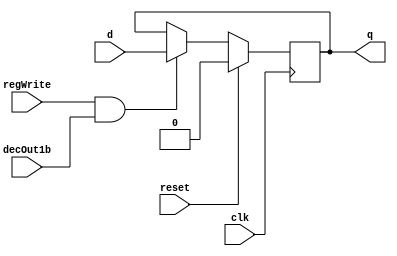
module D_ff( input clk, input reset, input regWrite, input decOut1b , input d, output reg q);
    always @ (negedge clk)
    begin
    if(reset==1)
        q=0;
    else
        if(regWrite == 1 && decOut1b==1)
        begin
            q=d;
        end
    end
endmodule

//D flip flip for Instruction Memory
module D_ff_IM(input clk, input reset, input d, output reg q);
	always@(reset or posedge clk)
	if(reset)
		q=d;
endmodule


// select 0 = in0 1 = in1
module mux2to1_5bit(input [4:0] in0, input [4:0] in1, input select, output reg [4:0] muxOut);
  always@(in0 or in1 or select)
  begin
    if(select == 1'b0)
      muxOut = in0;
	  else if(select == 1'b1)
      muxOut = in1;
  end
endmodule

// select 0 = in0 1 = in1
module mux2to1_32bit(input [31:0] in0, input [31:0] in1, input select, output reg [31:0] muxOut);
  always@(in0 or in1 or select)
  begin
    if(select == 1'b0)
      muxOut = in0;
	  else if(select == 1'b1)
      muxOut = in1;
  end
endmodule

module mux32to1_32bit(input[31:0] in0, input[31:0] in1, input[31:0] in2, input[31:0] in3, input[31:0] in4, input[31:0] in5, input[31:0] in6, input[31:0] in7,
    input[31:0] in8, input[31:0] in9, input[31:0] in10, input[31:0] in11, input[31:0] in12, input[31:0] in13, input[31:0] in14, input[31:0] in15,
    input[31:0] in16, input[31:0] in17, input[31:0] in18, input[31:0] in19, input[31:0] in20, input[31:0] in21, input[31:0] in22, input[31:0] in23,
    input[31:0] in24, input[31:0] in25, input[31:0] in26, input[31:0] in27, input[31:0] in28, input[31:0] in29, input[31:0] in30, input[31:0] in31,input[4:0] select,output reg[31:0] muxOut);
  
   always@(in0 or in1 or in2 or in3 or in4 or in5 or in6 or in7 or in8 or in9 or in10 or in11 or in12
      or in13 or in14 or in15 or in16 or in17 or in18 or in19 or in20 or in21 or in22 or in23 or in24
       or in25 or in26 or in27 or in28 or in29 or in30 or in31 or select)
   begin
      case(select)
        5'b00000: begin muxOut = in0; end
        5'b00001: begin muxOut = in1; end
        5'b00010: begin muxOut = in2; end
        5'b00011: begin muxOut = in3; end
        5'b00100: begin muxOut = in4; end
        5'b00101: begin muxOut = in5; end
        5'b00110: begin muxOut = in6; end
        5'b00111: begin muxOut = in7; end
        5'b01000: begin muxOut = in8; end
        5'b01001: begin muxOut = in9; end
        5'b01010: begin muxOut = in10; end
        5'b01011: begin muxOut = in11; end
        5'b01100: begin muxOut = in12; end
        5'b01101: begin muxOut = in13; end
        5'b01110: begin muxOut = in14; end
        5'b01111: begin muxOut = in15; end
        5'b10000: begin muxOut = in16; end
        5'b10001: begin muxOut = in17; end
        5'b10010: begin muxOut = in18; end
        5'b10011: begin muxOut = in19; end
        5'b10100: begin muxOut = in20; end
        5'b10101: begin muxOut = in21; end
        5'b10110: begin muxOut = in22; end
        5'b10111: begin muxOut = in23; end
        5'b11000: begin muxOut = in24; end
        5'b11001: begin muxOut = in25; end
        5'b11010: begin muxOut = in26; end
        5'b11011: begin muxOut = in27; end
        5'b11100: begin muxOut = in28; end
        5'b11101: begin muxOut = in29; end
        5'b11110: begin muxOut = in30; end
        5'b11111: begin muxOut = in31; end
      endcase
    end
endmodule

// mux to be used in Instruction Memory and Data Memory
module mux128to1_IM_DM(input [7:0] in0,   input [7:0] in1,   input [7:0] in2,   input [7:0] in3,
                    input [7:0] in4,   input [7:0] in5,   input [7:0] in6,   input [7:0] in7,
                    input [7:0] in8,   input [7:0] in9,   input [7:0] in10,  input [7:0] in11,
                    input [7:0] in12,  input [7:0] in13,  input [7:0] in14,  input [7:0] in15,
                    input [7:0] in16,  input [7:0] in17,  input [7:0] in18,  input [7:0] in19,
                    input [7:0] in20,  input [7:0] in21,  input [7:0] in22,  input [7:0] in23,
                    input [7:0] in24,  input [7:0] in25,  input [7:0] in26,  input [7:0] in27,
                    input [7:0] in28,  input [7:0] in29,  input [7:0] in30,  input [7:0] in31,
                    input [7:0] in32,  input [7:0] in33,  input [7:0] in34,  input [7:0] in35,
                    input [7:0] in36,  input [7:0] in37,  input [7:0] in38,  input [7:0] in39,
                    input [7:0] in40,  input [7:0] in41,  input [7:0] in42,  input [7:0] in43,
                    input [7:0] in44,  input [7:0] in45,  input [7:0] in46,  input [7:0] in47,
                    input [7:0] in48,  input [7:0] in49,  input [7:0] in50,  input [7:0] in51,
                    input [7:0] in52,  input [7:0] in53,  input [7:0] in54,  input [7:0] in55,
                    input [7:0] in56,  input [7:0] in57,  input [7:0] in58,  input [7:0] in59,
                    input [7:0] in60,  input [7:0] in61,  input [7:0] in62,  input [7:0] in63,
                    input [7:0] in64,  input [7:0] in65,  input [7:0] in66,  input [7:0] in67,
                    input [7:0] in68,  input [7:0] in69,  input [7:0] in70,  input [7:0] in71,
                    input [7:0] in72,  input [7:0] in73,  input [7:0] in74,  input [7:0] in75,
                    input [7:0] in76,  input [7:0] in77,  input [7:0] in78,  input [7:0] in79,
                    input [7:0] in80,  input [7:0] in81,  input [7:0] in82,  input [7:0] in83,
                    input [7:0] in84,  input [7:0] in85,  input [7:0] in86,  input [7:0] in87,
                    input [7:0] in88,  input [7:0] in89,  input [7:0] in90,  input [7:0] in91,
                    input [7:0] in92,  input [7:0] in93,  input [7:0] in94,  input [7:0] in95,
                    input [7:0] in96,  input [7:0] in97,  input [7:0] in98,  input [7:0] in99,
                    input [7:0] in100, input [7:0] in101, input [7:0] in102, input [7:0] in103,
                    input [7:0] in104, input [7:0] in105, input [7:0] in106, input [7:0] in107,
                    input [7:0] in108, input [7:0] in109, input [7:0] in110, input [7:0] in111,
                    input [7:0] in112, input [7:0] in113, input [7:0] in114, input [7:0] in115,
                    input [7:0] in116, input [7:0] in117, input [7:0] in118, input [7:0] in119,
                    input [7:0] in120, input [7:0] in121, input [7:0] in122, input [7:0] in123,
                    input [7:0] in124, input [7:0] in125, input [7:0] in126, input [7:0] in127,
                    input [4:0] select, output reg [31:0] muxOut);
    always@(in0,   in1,   in2,   in3,   in4,   in5,   in6,   in7,
            in8,   in9,   in10,  in11,  in12,  in13,  in14,  in15,
            in16,  in17,  in18,  in19,  in20,  in21,  in22,  in23,
            in24,  in25,  in26,  in27,  in28,  in29,  in30,  in31,
            in32,  in33,  in34,  in35,  in36,  in37,  in38,  in39,
            in40,  in41,  in42,  in43,  in44,  in45,  in46,  in47,
            in48,  in49,  in50,  in51,  in52,  in53,  in54,  in55,
            in56,  in57,  in58,  in59,  in60,  in61,  in62,  in63,
            in64,  in65,  in66,  in67,  in68,  in69,  in70,  in71,
            in72,  in73,  in74,  in75,  in76,  in77,  in78,  in79,
            in80,  in81,  in82,  in83,  in84,  in85,  in86,  in87,
            in88,  in89,  in90,  in91,  in92,  in93,  in94,  in95,
            in96,  in97,  in98,  in99,  in100, in101, in102, in103,
            in104, in105, in106, in107, in108, in109, in110, in111,
            in112, in113, in114, in115, in116, in117, in118, in119,
            in120, in121, in122, in123, in124, in125, in126, in127,
            select)
	begin
        case(select)
			5'd0: muxOut = {in0,in1,in2,in3};
			5'd1: muxOut = {in4,in5,in6,in7};
			5'd2: muxOut = {in8,in9,in10,in11};
			5'd3: muxOut = {in12,in13,in14,in15};
			5'd4: muxOut = {in16,in17,in18,in19};
			5'd5: muxOut = {in20,in21,in22,in23};
			5'd6: muxOut = {in24,in25,in26,in27};
			5'd7: muxOut = {in28,in29,in30,in31};
			5'd8: muxOut = {in32,in33,in34,in35};
			5'd9: muxOut = {in36,in37,in38,in39};
			5'd10: muxOut = {in40,in41,in42,in43};
			5'd11: muxOut = {in44,in45,in46,in47};
			5'd12: muxOut = {in48,in49,in50,in51};
			5'd13: muxOut = {in52,in53,in54,in55};
			5'd14: muxOut = {in56,in57,in58,in59};
			5'd15: muxOut = {in60,in61,in62,in63};
			5'd16: muxOut = {in64,in65,in66,in67};
			5'd17: muxOut = {in68,in69,in70,in71};
			5'd18: muxOut = {in72,in73,in74,in75};
			5'd19: muxOut = {in76,in77,in78,in79};
			5'd20: muxOut = {in80,in81,in82,in83};
			5'd21: muxOut = {in84,in85,in86,in87};
			5'd22: muxOut = {in88,in89,in90,in91};
			5'd23: muxOut = {in92,in93,in94,in95};
			5'd24: muxOut = {in96,in97,in98,in99};
			5'd25: muxOut = {in100,in101,in102,in103};
			5'd26: muxOut = {in104,in105,in106,in107};
			5'd27: muxOut = {in108,in109,in110,in111};
			5'd28: muxOut = {in112,in113,in114,in115};
			5'd29: muxOut = {in116,in117,in118,in119};
			5'd30: muxOut = {in120,in121,in122,in123};
			5'd31: muxOut = {in124,in125,in126,in127};
        endcase
    end
endmodule

//Active high decoder
module decoder_5to32(input[4:0] in, output reg[31:0] decOut);

    always@(in)
    begin
      case(in)
      5'b00000: begin decOut = 32'b00000000000000000000000000000001; end
      5'b00001: begin decOut = 32'b00000000000000000000000000000010; end
      5'b00010: begin decOut = 32'b00000000000000000000000000000100; end
      5'b00011: begin decOut = 32'b00000000000000000000000000001000; end
      5'b00100: begin decOut = 32'b00000000000000000000000000010000; end
      5'b00101: begin decOut = 32'b00000000000000000000000000100000; end
      5'b00110: begin decOut = 32'b00000000000000000000000001000000; end
      5'b00111: begin decOut = 32'b00000000000000000000000010000000; end
      5'b01000: begin decOut = 32'b00000000000000000000000100000000; end
      5'b01001: begin decOut = 32'b00000000000000000000001000000000; end
      5'b01010: begin decOut = 32'b00000000000000000000010000000000; end
      5'b01011: begin decOut = 32'b00000000000000000000100000000000; end
      5'b01100: begin decOut = 32'b00000000000000000001000000000000; end
      5'b01101: begin decOut = 32'b00000000000000000010000000000000; end
      5'b01110: begin decOut = 32'b00000000000000000100000000000000; end
      5'b01111: begin decOut = 32'b00000000000000001000000000000000; end
      5'b10000: begin decOut = 32'b00000000000000010000000000000000; end
      5'b10001: begin decOut = 32'b00000000000000100000000000000000; end
      5'b10010: begin decOut = 32'b00000000000001000000000000000000; end
      5'b10011: begin decOut = 32'b00000000000010000000000000000000; end
      5'b10100: begin decOut = 32'b00000000000100000000000000000000; end
      5'b10101: begin decOut = 32'b00000000001000000000000000000000; end
      5'b10110: begin decOut = 32'b00000000010000000000000000000000; end
      5'b10111: begin decOut = 32'b00000000100000000000000000000000; end
      5'b11000: begin decOut = 32'b00000001000000000000000000000000; end
      5'b11001: begin decOut = 32'b00000010000000000000000000000000; end
      5'b11010: begin decOut = 32'b00000100000000000000000000000000; end
      5'b11011: begin decOut = 32'b00001000000000000000000000000000; end
      5'b11100: begin decOut = 32'b00010000000000000000000000000000; end
      5'b11101: begin decOut = 32'b00100000000000000000000000000000; end
      5'b11110: begin decOut = 32'b01000000000000000000000000000000; end
      5'b11111: begin decOut = 32'b10000000000000000000000000000000; end
      endcase
    end
endmodule

//32 bit register
module register32bit(input clk, input reset, input regWrite, input decoderOut1bit, input[31:0] writeData, output[31:0] regOut);
//A N-bit register consists of N D flip-flops, each storing a bit of data.
//In this case, there will be 32 instances of D_ff, each taking writeData[0]...[31] as the d input and regOut[0]...[31] as the q output
D_ff G1(clk,reset,regWrite,decoderOut1bit,writeData[0] , regOut[0]);
D_ff G2(clk,reset,regWrite,decoderOut1bit,writeData[1] , regOut[1]);
D_ff G3(clk,reset,regWrite,decoderOut1bit,writeData[2] , regOut[2]);
D_ff G4(clk,reset,regWrite,decoderOut1bit,writeData[3] , regOut[3]);
D_ff G5(clk,reset,regWrite,decoderOut1bit,writeData[4] , regOut[4]);
D_ff G6(clk,reset,regWrite,decoderOut1bit,writeData[5] , regOut[5]);
D_ff G7(clk,reset,regWrite,decoderOut1bit,writeData[6] , regOut[6]);
D_ff G8(clk,reset,regWrite,decoderOut1bit,writeData[7] , regOut[7]);
D_ff G9(clk,reset,regWrite,decoderOut1bit,writeData[8] , regOut[8]);
D_ff G10(clk,reset,regWrite,decoderOut1bit,writeData[9] , regOut[9]);
D_ff G11(clk,reset,regWrite,decoderOut1bit,writeData[10] , regOut[10]);
D_ff G12(clk,reset,regWrite,decoderOut1bit,writeData[11] , regOut[11]);
D_ff G13(clk,reset,regWrite,decoderOut1bit,writeData[12] , regOut[12]);
D_ff G14(clk,reset,regWrite,decoderOut1bit,writeData[13] , regOut[13]);
D_ff G15(clk,reset,regWrite,decoderOut1bit,writeData[14] , regOut[14]);
D_ff G16(clk,reset,regWrite,decoderOut1bit,writeData[15] , regOut[15]);
D_ff G17(clk,reset,regWrite,decoderOut1bit,writeData[16] , regOut[16]);
D_ff G18(clk,reset,regWrite,decoderOut1bit,writeData[17] , regOut[17]);
D_ff G19(clk,reset,regWrite,decoderOut1bit,writeData[18] , regOut[18]);
D_ff G20(clk,reset,regWrite,decoderOut1bit,writeData[19] , regOut[19]);
D_ff G21(clk,reset,regWrite,decoderOut1bit,writeData[20] , regOut[20]);
D_ff G22(clk,reset,regWrite,decoderOut1bit,writeData[21] , regOut[21]);
D_ff G23(clk,reset,regWrite,decoderOut1bit,writeData[22] , regOut[22]);
D_ff G24(clk,reset,regWrite,decoderOut1bit,writeData[23] , regOut[23]);
D_ff G25(clk,reset,regWrite,decoderOut1bit,writeData[24] , regOut[24]);
D_ff G26(clk,reset,regWrite,decoderOut1bit,writeData[25] , regOut[25]);
D_ff G27(clk,reset,regWrite,decoderOut1bit,writeData[26] , regOut[26]);
D_ff G28(clk,reset,regWrite,decoderOut1bit,writeData[27] , regOut[27]);
D_ff G29(clk,reset,regWrite,decoderOut1bit,writeData[28] , regOut[28]);
D_ff G30(clk,reset,regWrite,decoderOut1bit,writeData[29] , regOut[29]);
D_ff G31(clk,reset,regWrite,decoderOut1bit,writeData[30] , regOut[30]);
D_ff G32(clk,reset,regWrite,decoderOut1bit,writeData[31] , regOut[31]);

endmodule

//register for Instruction Memory
module register_IM(input clk, input reset, input [7:0] d_in, output [7:0] q_out);
  // register_IM is an 8-bit register
	D_ff_IM dIM0 (clk, reset, d_in[0], q_out[0]);
	D_ff_IM dIM1 (clk, reset, d_in[1], q_out[1]);
	D_ff_IM dIM2 (clk, reset, d_in[2], q_out[2]);
	D_ff_IM dIM3 (clk, reset, d_in[3], q_out[3]);
	D_ff_IM dIM4 (clk, reset, d_in[4], q_out[4]);
	D_ff_IM dIM5 (clk, reset, d_in[5], q_out[5]);
	D_ff_IM dIM6 (clk, reset, d_in[6], q_out[6]);
	D_ff_IM dIM7 (clk, reset, d_in[7], q_out[7]);
endmodule



//register set with 32 registers
module registerSet(input clk, input reset, input regWrite, input[31:0] decoderOut, input[31:0] writeData,
    output [31:0] outR0, output[31:0] outR1, output[31:0] outR2, output[31:0] outR3, output[31:0] outR4, output[31:0] outR5, output[31:0] outR6, output[31:0] outR7,
    output [31:0] outR8, output[31:0] outR9, output[31:0] outR10, output[31:0] outR11, output[31:0] outR12, output[31:0] outR13, output[31:0] outR14, output[31:0] outR15,
    output [31:0] outR16, output[31:0] outR17, output[31:0] outR18, output[31:0] outR19, output[31:0] outR20, output[31:0] outR21, output[31:0] outR22, output[31:0] outR23,
    output [31:0] outR24, output[31:0] outR25, output[31:0] outR26, output[31:0] outR27, output[31:0] outR28, output[31:0] outR29, output[31:0] outR30, output[31:0] outR31);
   
    register32bit G32(clk, reset, regWrite , decoderOut[0] , writeData , outR0);
    register32bit G33(clk, reset, regWrite , decoderOut[1] , writeData , outR1);
    register32bit G34(clk, reset, regWrite , decoderOut[2] , writeData , outR2);
    register32bit G35(clk, reset, regWrite , decoderOut[3] , writeData , outR3);
    register32bit G36(clk, reset, regWrite , decoderOut[4] , writeData , outR4);
    register32bit G37(clk, reset, regWrite , decoderOut[5] , writeData , outR5);
    register32bit G38(clk, reset, regWrite , decoderOut[6] , writeData , outR6);
    register32bit G39(clk, reset, regWrite , decoderOut[7] , writeData , outR7);
    register32bit G40(clk, reset, regWrite , decoderOut[8] , writeData , outR8);
    register32bit G41(clk, reset, regWrite , decoderOut[9] , writeData , outR9);
    register32bit G42(clk, reset, regWrite , decoderOut[10] , writeData , outR10);
    register32bit G43(clk, reset, regWrite , decoderOut[11] , writeData , outR11);
    register32bit G44(clk, reset, regWrite , decoderOut[12] , writeData , outR12);
    register32bit G45(clk, reset, regWrite , decoderOut[13] , writeData , outR13);
    register32bit G46(clk, reset, regWrite , decoderOut[14] , writeData , outR14);
    register32bit G47(clk, reset, regWrite , decoderOut[15] , writeData , outR15);
    register32bit G48(clk, reset, regWrite , decoderOut[16] , writeData , outR16);
    register32bit G49(clk, reset, regWrite , decoderOut[17] , writeData , outR17);
    register32bit G50(clk, reset, regWrite , decoderOut[18] , writeData , outR18);
    register32bit G51(clk, reset, regWrite , decoderOut[19] , writeData , outR19);
    register32bit G52(clk, reset, regWrite , decoderOut[20] , writeData , outR20);
    register32bit G53(clk, reset, regWrite , decoderOut[21] , writeData , outR21);
    register32bit G54(clk, reset, regWrite , decoderOut[22] , writeData , outR22);
    register32bit G55(clk, reset, regWrite , decoderOut[23] , writeData , outR23);
    register32bit G56(clk, reset, regWrite , decoderOut[24] , writeData , outR24);
    register32bit G57(clk, reset, regWrite , decoderOut[25] , writeData , outR25);
    register32bit G58(clk, reset, regWrite , decoderOut[26] , writeData , outR26);
    register32bit G59(clk, reset, regWrite , decoderOut[27] , writeData , outR27);
    register32bit G60(clk, reset, regWrite , decoderOut[28] , writeData , outR28);
    register32bit G61(clk, reset, regWrite , decoderOut[29] , writeData , outR29);
    register32bit G62(clk, reset, regWrite , decoderOut[30] , writeData , outR30);
    register32bit G63(clk, reset, regWrite , decoderOut[31] , writeData , outR31);

endmodule

//register file for single cycle
module registerFile(input clk, input reset, input regWrite, input[4:0] rs, input[4:0] rt, input[4:0] rd, input[31:0] writeData, output[31:0] regRs, output[31:0] regRt);

    wire [31:0]decOut;
    wire [31:0] outR0, outR1, outR2, outR3, outR4, outR5, outR6, outR7, outR8, outR9, outR10, outR11, outR12, outR13, outR14, outR15, outR16, outR17, outR18, outR19, outR20, outR21, outR22, outR23, outR24, outR25, outR26, outR27, outR28, outR29, outR30 , outR31;

    decoder_5to32 G65(rd , decOut);
    registerSet G66(clk,reset,regWrite,decOut,writeData, outR0,outR1,outR2,outR3,outR4,outR5,outR6,outR7,outR8
                    ,outR9,outR10,outR11,outR12,outR13,outR14,outR15,outR16,outR17,outR18,outR19,outR20,outR21
                    ,outR22,outR23,outR24,outR25,outR26,outR27,outR28,outR29,outR30,outR31);

    mux32to1_32bit G67(outR0,outR1,outR2,outR3,outR4,outR5,outR6,outR7,outR8
                    ,outR9,outR10,outR11,outR12,outR13,outR14,outR15,outR16,outR17,outR18,outR19,outR20,outR21
                    ,outR22,outR23,outR24,outR25,outR26,outR27,outR28,outR29,outR30,outR31 , rs , regRs);

    mux32to1_32bit G68(outR0,outR1,outR2,outR3,outR4,outR5,outR6,outR7,outR8
                      ,outR9,outR10,outR11,outR12,outR13,outR14,outR15,outR16,outR17,outR18,outR19,outR20,outR21
                      ,outR22,outR23,outR24,outR25,outR26,outR27,outR28,outR29,outR30,outR31 , rt , regRt);

endmodule


//instruction memory for single cycle
module IM(input clk, input reset, input [4:0] pc_5bits, output [31:0] IR);
    wire [7:0] outR0,   outR1,   outR2,   outR3,   outR4,   outR5,   outR6,   outR7,
               outR8,   outR9,   outR10,  outR11,  outR12,  outR13,  outR14,  outR15,
               outR16,  outR17,  outR18,  outR19,  outR20,  outR21,  outR22,  outR23,
               outR24,  outR25,  outR26,  outR27,  outR28,  outR29,  outR30,  outR31,
               outR32,  outR33,  outR34,  outR35,  outR36,  outR37,  outR38,  outR39,
               outR40,  outR41,  outR42,  outR43,  outR44,  outR45,  outR46,  outR47,
               outR48,  outR49,  outR50,  outR51,  outR52,  outR53,  outR54,  outR55,
               outR56,  outR57,  outR58,  outR59,  outR60,  outR61,  outR62,  outR63,
               outR64,  outR65,  outR66,  outR67,  outR68,  outR69,  outR70,  outR71,
               outR72,  outR73,  outR74,  outR75,  outR76,  outR77,  outR78,  outR79,
               outR80,  outR81,  outR82,  outR83,  outR84,  outR85,  outR86,  outR87,
               outR88,  outR89,  outR90,  outR91,  outR92,  outR93,  outR94,  outR95,
               outR96,  outR97,  outR98,  outR99,  outR100, outR101, outR102, outR103,
               outR104, outR105, outR106, outR107, outR108, outR109, outR110, outR111,
               outR112, outR113, outR114, outR115, outR116, outR117, outR118, outR119,
               outR120, outR121, outR122, outR123, outR124, outR125, outR126, outR127;


register_IM rIM0   (clk, reset, 8'h20, outR0);  // addi $t0 , $zero , 32
register_IM rIM1   (clk, reset, 8'h08, outR1);
register_IM rIM2   (clk, reset, 8'h00, outR2);
register_IM rIM3   (clk, reset, 8'h20, outR3);
register_IM rIM4   (clk, reset, 8'h20, outR4);  // addi $t1 , $zero , 55
register_IM rIM5   (clk, reset, 8'h09, outR5);
register_IM rIM6   (clk, reset, 8'h00, outR6);
register_IM rIM7   (clk, reset, 8'h37, outR7);
register_IM rIM8   (clk, reset, 8'h01, outR8);  // and $s0 , $t0 , $t1
register_IM rIM9   (clk, reset, 8'h09, outR9);
register_IM rIM10  (clk, reset, 8'h80, outR10);
register_IM rIM11  (clk, reset, 8'h24, outR11);
register_IM rIM12  (clk, reset, 8'hAC, outR12); // sw $s0 , 4($zero)
register_IM rIM13  (clk, reset, 8'h10, outR13);
register_IM rIM14  (clk, reset, 8'h00, outR14);
register_IM rIM15  (clk, reset, 8'h04, outR15);
register_IM rIM16  (clk, reset, 8'hAC, outR16); // sw $t0 , 8($zero)
register_IM rIM17  (clk, reset, 8'h08, outR17);
register_IM rIM18  (clk, reset, 8'h00, outR18);
register_IM rIM19  (clk, reset, 8'h08, outR19);
register_IM rIM20  (clk, reset, 8'h8C, outR20); // lw $s1 , 4($zero)
register_IM rIM21  (clk, reset, 8'h11, outR21);
register_IM rIM22  (clk, reset, 8'h00, outR22);
register_IM rIM23  (clk, reset, 8'h04, outR23);
register_IM rIM24  (clk, reset, 8'h8C, outR24); // lw $s3 , 8($zero)
register_IM rIM25  (clk, reset, 8'h13, outR25);
register_IM rIM26  (clk, reset, 8'h00, outR26);
register_IM rIM27  (clk, reset, 8'h08, outR27);
register_IM rIM28  (clk, reset, 8'h12, outR28); // beq $s1 , $s3 , error
register_IM rIM29  (clk, reset, 8'h13, outR29);
register_IM rIM30  (clk, reset, 8'h00, outR30);
register_IM rIM31  (clk, reset, 8'h0A, outR31);
register_IM rIM32  (clk, reset, 8'h00, outR32);
register_IM rIM33  (clk, reset, 8'h00, outR33);
register_IM rIM34  (clk, reset, 8'h00, outR34);
register_IM rIM35  (clk, reset, 8'h00, outR35);
register_IM rIM36  (clk, reset, 8'h00, outR36);
register_IM rIM37  (clk, reset, 8'h00, outR37);
register_IM rIM38  (clk, reset, 8'h00, outR38);
register_IM rIM39  (clk, reset, 8'h00, outR39);
register_IM rIM40  (clk, reset, 8'h00, outR40);
register_IM rIM41  (clk, reset, 8'h00, outR41);
register_IM rIM42  (clk, reset, 8'h00, outR42);
register_IM rIM43  (clk, reset, 8'h00, outR43);
register_IM rIM44  (clk, reset, 8'h00, outR44);
register_IM rIM45  (clk, reset, 8'h00, outR45);
register_IM rIM46  (clk, reset, 8'h00, outR46);
register_IM rIM47  (clk, reset, 8'h00, outR47);
register_IM rIM48  (clk, reset, 8'h00, outR48);
register_IM rIM49  (clk, reset, 8'h00, outR49);
register_IM rIM50  (clk, reset, 8'h00, outR50);
register_IM rIM51  (clk, reset, 8'h00, outR51);
register_IM rIM52  (clk, reset, 8'h00, outR52);
register_IM rIM53  (clk, reset, 8'h00, outR53);
register_IM rIM54  (clk, reset, 8'h00, outR54);
register_IM rIM55  (clk, reset, 8'h00, outR55);
register_IM rIM56  (clk, reset, 8'h00, outR56);
register_IM rIM57  (clk, reset, 8'h00, outR57);
register_IM rIM58  (clk, reset, 8'h00, outR58);
register_IM rIM59  (clk, reset, 8'h00, outR59);
register_IM rIM60  (clk, reset, 8'h00, outR60);
register_IM rIM61  (clk, reset, 8'h00, outR61);
register_IM rIM62  (clk, reset, 8'h00, outR62);
register_IM rIM63  (clk, reset, 8'h00, outR63);
register_IM rIM64  (clk, reset, 8'h00, outR64);
register_IM rIM65  (clk, reset, 8'h00, outR65);
register_IM rIM66  (clk, reset, 8'h00, outR66);
register_IM rIM67  (clk, reset, 8'h00, outR67);
register_IM rIM68  (clk, reset, 8'h00, outR68);
register_IM rIM69  (clk, reset, 8'h00, outR69);
register_IM rIM70  (clk, reset, 8'h00, outR70);
register_IM rIM71  (clk, reset, 8'h00, outR71);
register_IM rIM72  (clk, reset, 8'h20, outR72);//addi $t0 , $0 , 3 (error)
register_IM rIM73  (clk, reset, 8'h08, outR73);
register_IM rIM74  (clk, reset, 8'h00, outR74);
register_IM rIM75  (clk, reset, 8'h03, outR75);
register_IM rIM76  (clk, reset, 8'h20, outR76);//addi $t1 , $0 , 2
register_IM rIM77  (clk, reset, 8'h09, outR77);
register_IM rIM78  (clk, reset, 8'h00, outR78);
register_IM rIM79  (clk, reset, 8'h02, outR79);
register_IM rIM80  (clk, reset, 8'h08, outR80);//j Exit
register_IM rIM81  (clk, reset, 8'h00, outR81);
register_IM rIM82  (clk, reset, 8'h00, outR82);
register_IM rIM83  (clk, reset, 8'h1F, outR83);
register_IM rIM84  (clk, reset, 8'h00, outR84);
register_IM rIM85  (clk, reset, 8'h00, outR85);
register_IM rIM86  (clk, reset, 8'h00, outR86);
register_IM rIM87  (clk, reset, 8'h00, outR87);
register_IM rIM88  (clk, reset, 8'h00, outR88);
register_IM rIM89  (clk, reset, 8'h00, outR89);
register_IM rIM90  (clk, reset, 8'h00, outR90);
register_IM rIM91  (clk, reset, 8'h00, outR91);
register_IM rIM92  (clk, reset, 8'h00, outR92);
register_IM rIM93  (clk, reset, 8'h00, outR93);
register_IM rIM94  (clk, reset, 8'h00, outR94);
register_IM rIM95  (clk, reset, 8'h00, outR95);
register_IM rIM96  (clk, reset, 8'h00, outR96);
register_IM rIM97  (clk, reset, 8'h00, outR97);
register_IM rIM98  (clk, reset, 8'h00, outR98);
register_IM rIM99  (clk, reset, 8'h00, outR99);
register_IM rIM100 (clk, reset, 8'h00, outR100);
register_IM rIM101 (clk, reset, 8'h00, outR101);
register_IM rIM102 (clk, reset, 8'h00, outR102);
register_IM rIM103 (clk, reset, 8'h00, outR103);
register_IM rIM104 (clk, reset, 8'h00, outR104);
register_IM rIM105 (clk, reset, 8'h00, outR105);
register_IM rIM106 (clk, reset, 8'h00, outR106);
register_IM rIM107 (clk, reset, 8'h00, outR107);
register_IM rIM108 (clk, reset, 8'h00, outR108);
register_IM rIM109 (clk, reset, 8'h00, outR109);
register_IM rIM110 (clk, reset, 8'h00, outR110);
register_IM rIM111 (clk, reset, 8'h00, outR111);
register_IM rIM112 (clk, reset, 8'h00, outR112);
register_IM rIM113 (clk, reset, 8'h00, outR113);
register_IM rIM114 (clk, reset, 8'h00, outR114);
register_IM rIM115 (clk, reset, 8'h00, outR115);
register_IM rIM116 (clk, reset, 8'h00, outR116);
register_IM rIM117 (clk, reset, 8'h00, outR117);
register_IM rIM118 (clk, reset, 8'h00, outR118);
register_IM rIM119 (clk, reset, 8'h00, outR119);
register_IM rIM120 (clk, reset, 8'h00, outR120);
register_IM rIM121 (clk, reset, 8'h00, outR121);
register_IM rIM122 (clk, reset, 8'h00, outR122);
register_IM rIM123 (clk, reset, 8'h00, outR123);
register_IM rIM124 (clk, reset, 8'h01, outR124); //slt $t2 ,$t0 , $t1 (Exit)
register_IM rIM125 (clk, reset, 8'h09, outR125);
register_IM rIM126 (clk, reset, 8'h50, outR126);
register_IM rIM127 (clk, reset, 8'h2A, outR127);


    mux128to1_IM_DM muxIM (outR0,   outR1,   outR2,   outR3,   outR4,   outR5,   outR6,   outR7,
                        outR8,   outR9,   outR10,  outR11,  outR12,  outR13,  outR14,  outR15,
                        outR16,  outR17,  outR18,  outR19,  outR20,  outR21,  outR22,  outR23,
                        outR24,  outR25,  outR26,  outR27,  outR28,  outR29,  outR30,  outR31,
                        outR32,  outR33,  outR34,  outR35,  outR36,  outR37,  outR38,  outR39,
                        outR40,  outR41,  outR42,  outR43,  outR44,  outR45,  outR46,  outR47,
                        outR48,  outR49,  outR50,  outR51,  outR52,  outR53,  outR54,  outR55,
                        outR56,  outR57,  outR58,  outR59,  outR60,  outR61,  outR62,  outR63,
                        outR64,  outR65,  outR66,  outR67,  outR68,  outR69,  outR70,  outR71,
                        outR72,  outR73,  outR74,  outR75,  outR76,  outR77,  outR78,  outR79,
                        outR80,  outR81,  outR82,  outR83,  outR84,  outR85,  outR86,  outR87,
                        outR88,  outR89,  outR90,  outR91,  outR92,  outR93,  outR94,  outR95,
                        outR96,  outR97,  outR98,  outR99,  outR100, outR101, outR102, outR103,
                        outR104, outR105, outR106, outR107, outR108, outR109, outR110, outR111,
                        outR112, outR113, outR114, outR115, outR116, outR117, outR118, outR119,
                        outR120, outR121, outR122, outR123, outR124, outR125, outR126, outR127,
                        pc_5bits, IR);
endmodule


//D flip flop for Data Memory
//works on negative edge of clock
// if reset is set make output 0
// else make it d when both regwrite and decOut1b are set.
module Dff_DM(input clk, input reset, input regWrite, input decOut1b , input d, output reg q);
//WRITE CODE HERE

endmodule


//register for Data Memory
//use D flip flops for DM defined above
module register8bit_DM(input clk, input reset, input regWrite, input decOut1b, input [7:0] inR,
                     output [7:0] outR);
// WRITE CODE HERE

endmodule

// Data Memory for single cycle
// since address line is 5 bits i.e. 32 registers of 32 bit each is required
// we have defined 8 bit register_DM above, hence we require 4 of them for each 32 bit to store
// Remember data is stored in Big endian form in MIPS
module DM(input clk, input reset, input memWrite,input memRead, input [4:0] address, input [31:0] writeData , output [31:0] read_data);
// WRITE CODE HERE

endmodule

//add given two inputs
module adder(input [31:0] in1, input [31:0] in2, output reg [31:0] adder_out);
// WRITE CODE HERE

endmodule

// if number is -ve append all 1's at the start else append all 0's
module signExt16to32( input [15:0] offset, output reg [31:0] signExtOffset);
//WRITE CODE HERE

endmodule

// follow the table given in question pdf
module aluCtrl(input [1:0] aluOp, input [5:0] fun,output reg [3:0] operation);
//WRITE CODE HERE

endmodule

// follow the table of control circuit given in pdf
module ctrlCkt	(input [5:0] opcode, output reg RegDst ,output reg jump, output reg ALUSrc, output reg MemtoReg, output reg RegWrite,
                  output reg MemRead , output reg MemWrite, output reg Branch , output reg [1:0]ALUOp );
//WRITE CODE HERE

endmodule

//perform airthemtic or logical operations based on value of "operation"
module alu(input [31:0] aluIn1, input [31:0] aluIn2,input [3:0]operation ,output reg zero,output reg [31:0]aluOut);
//WRITE CODE HERE

endmodule

module singleCycle(input clk, input reset);
// WRITE CODE HERE

endmodule

module singleCycleTestBench;
	reg clk;
	reg reset;
	singleCycle uut (.clk(clk), .reset(reset));

	always
	#5 clk=~clk;

	initial
	begin
    $dumpfile("YourID_Lab4.vcd");
    $dumpvars(0, singleCycleTestBench);
		clk=0; reset=1;
		#5  reset=0;
		#115 $finish;
	end
endmodule